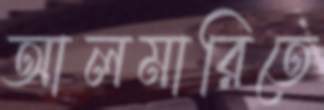
আলমারিতে